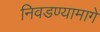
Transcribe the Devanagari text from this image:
निवडण्यामागे